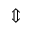
\Updownarrow